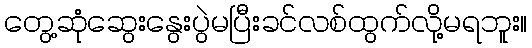
တွေ့ဆုံဆွေးနွေးပွဲမပြီးခင်လစ်ထွက်လို့မရဘူး။